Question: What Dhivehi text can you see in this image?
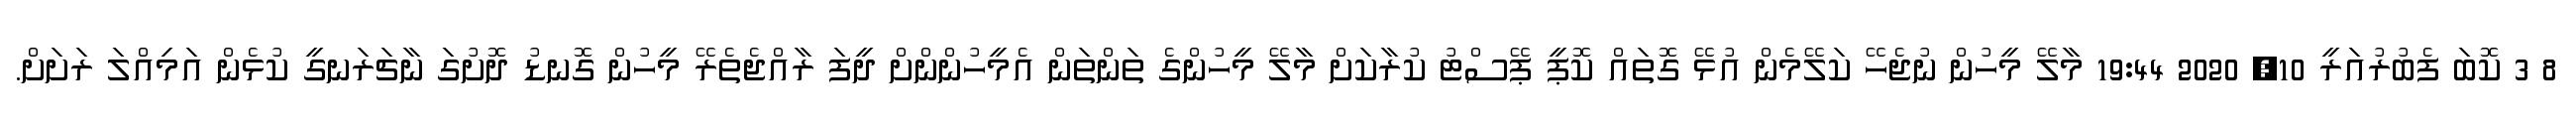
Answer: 8 3 ކޮބަ ފެބުރުއަރީ 10, 2020 19:44 މާލޭ މީހުން ނުޖެހޭ ކަލޭމެން އުޅޭ ގޮތައް ކޮޕީ ޕޭސްޓު ކުރާކަށް މާލޭ މީހުންގެ ތަންތަން އެމީހުންންށް ދީފަ ރާއްޖެތެރޭ މީހުން ގޮނޑު ދޮށުގަ ނާޗަރަނގީ ކުޅެން އަމިއްލަ ރަށަށް.